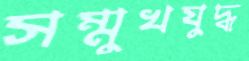
সম্মুখযুদ্ধ